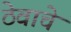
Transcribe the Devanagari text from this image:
ठेवाचे